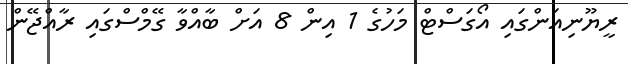
ރީޔޫނިއަންގައި އޯގަސްޓް މަހުގެ 1 އިން 8 އަށް ބާއްވާ ގޭމްސްގައި ރާއްޖޭން